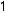
1